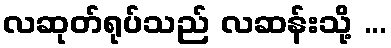
လဆုတ်ရုပ်သည် လဆန်းသို့ ...